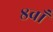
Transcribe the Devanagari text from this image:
८वाँ